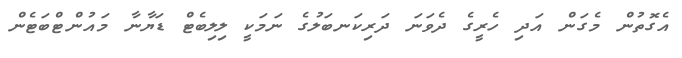
އެގޮތުން މެގަން އަދި ހެރީގެ ދެވަނަ ދަރިކަނބަލުގެ ނަމަކީ ލިލިބެޓް ޑަޔާނާ މައުންޓްބަޓެން